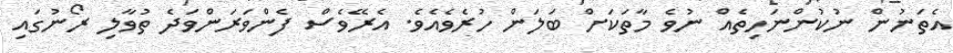
އެތަނުން ނުކުންނަހިތެއް ނުވެ މާތަކަށް ބަލަން ހުރެވެއެވެ. އެރޭވެސް ފެންވަރަންވަދެ ތުވާލި ރޯނުގައި